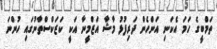
ތަމްބީގެ ހަމަ އެކަނި އަންހެން ދަރިފުޅު މާޝާ އަޒްމީނާ އަކީ ކަޒަކްސްތާނުގައި ހުންނަ